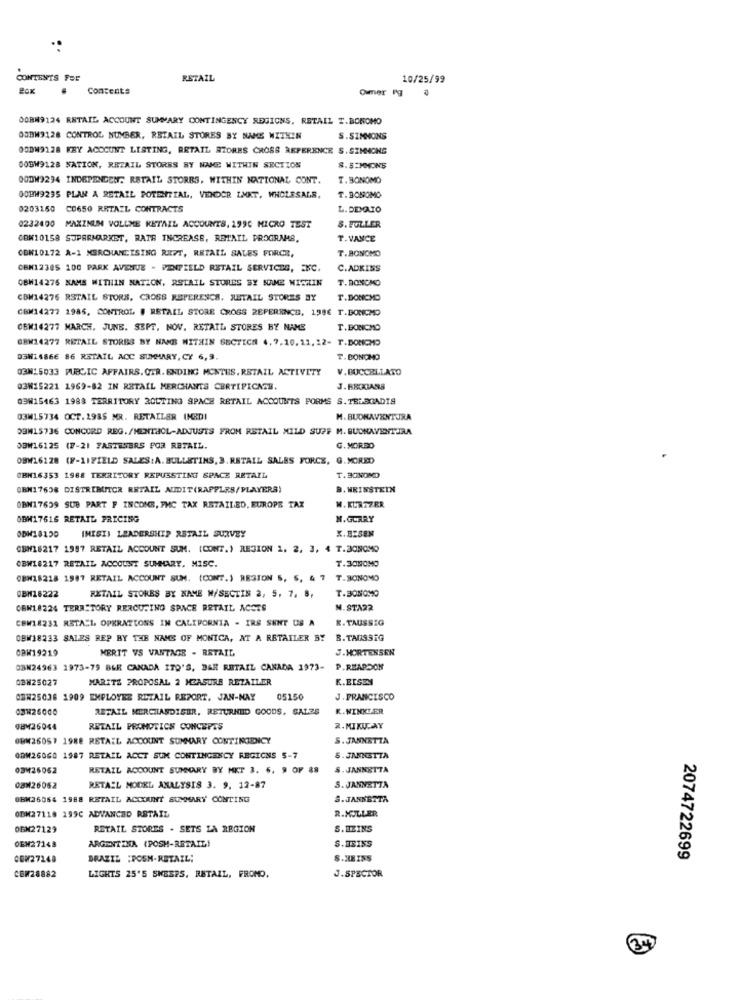
CONTENTS FEE
RETAIL
10/25/99
Contents
Ommer Pg
OGBM9124 RETAIL ACCOUNT SUMMARY CONTINGENCY REGIONS, RETAIL T.BONOMO
OSBW9128 CONTROL NUMBER, RETAIL STORES BY NAME WITHIN
S.SIMMONS
00DW9128 KEY ACCOUNT LISTING, RETAIL AZORES CROSS REFERENCE S. SIMMONS
0OBW9128 NATION, RETAIL STORES BY NAME WITHIN SECTION
S.SIMMONS
00DM9294 INDEPENDEN. RETAIL STORES. WITHIN NATIONAL CONT.
T.BONOMO
0OHM9235 PLAN A RETAIL POTENTIAL, VENDOR LAKT, WHOLESALE,
T.BONOMO
0203150 C0650 RETAIL CONTRACTS
L. DEMAIO
0232400 MAXINUM VOLLME RETAIL ACCOUNTS, 1990 MICRO TEST
S. FULLER
OBW10158 SUPERMARKET, RATH INCREASE, RETAIL PROGRAMS.
T.VANCE
T.BONOMO
CON10172 A-1 MERCHANDISING REPT, RETAIL SALES FORCE,
CBN12385 100 PARK AVENUE . PENPZELD RETAIL SERVICES, ENC.
C.ADKINS
08H14275 KAME WITHIN NATION, RETAIL STORES BY MIME WITHLIN
T. BONOMO
CBM14276 RETAIL STORE, CROSS REPERESCS, RETAIL STORES BY
T.DONCMD
CBM14277 1985, CONTROL # RETAIL STORE CROSS REFERENCE, 1986 T.BONOMO
OEM14277 MARCH, JUNE. SEPT, NOV. RETAIL STORES BY NAME
T. BONCHO
OBW14277 RETAIL STORES BY NAME WITHIN SECTICA 4.7.10.11,12-
T.DONCHD
03H14866 86 RETAIL ACC SUMMARY, CY 6,9.
T. BONOMO
03N15033 PUBLIC AFFAIRS. CTR. ENDING MONTHS. RSTAIL ACTIVITY
V.BUCCELLATO
03W15221 1969-82 IN RETAIL MERCHANTS CERTIFICATE.
J.BROGANS
09W15463 1988 TERRITORY ROUTING SPACE RETAIL ACCOUNTS FORMS S.TELEGADIS
03W15734 OCT. 2985 MR. RETAILER (MEDI
M. BUONAVENTURA
DBM15736 CONCORD REG./MENTHOL-ADJUSTS FROM RETAIL MILD SUPF M. BUONAVENTURA
JBW16125 (F-21 FASTENERS POR RETAIL.
G. MORDO
OBW16128 (F-LIFIELD SALES:A. BULLETINS, 3. RETAIL SALES FORCE, G.MOREO
OBH16353 1988 TERRITORY REPUSSTING SPACE RETAIL
T. BONOMO
QBN17638 DISTRIBUTOR RETAIL AUDIT(RAFFLES/PLAYERS)
. WRINSTEIN
OBN17639 SUB PART F INCONS, FMC TAX RETAILED, EUROPE TAX
W. KURZZER
OBH17616 RETAIL PRICING
N. GORRY
X. BISEN
INISI) LEADERSHIP RETAIL SURVEY
CBH16217 1987 RETAIL ACCOUNT SUM. (CONT.) REGION 1, 2, 3, 4 T.BONOMO
T.30MOMO
OBW16217 RETAIL ACCOUNT SUMMARY, MISC.
OBH18218 1987 RETAIL ACCOUNT SUM. (CONT.) REGION S, $, 4 7
T.SONOMO
CBM16222
T.BONOMO
RETAIL STORES BY NAME M/SECTIS 2, 5, 7, 8,
CEN18224 TERRITORY RERCUCINO SPACE RETAIL ACCTS
N.STA22
CEW18231 RETA"1. OPERATIONS IN CALIFORNIA - IRS SENT US A
R. TAUSSIG
OBW18233 SALES REP BY THE NAME OF MONICA, AT A RETAILER BY
B. TAUSSIG
OBH19219
MERIT VS VANTAGE - RETAIL
J.HORTENSEN
03N24963 1973-79 BLE CANADA ITO'S, BAR RETAIL CANADA 1973-
P.REAPDON
QBN25027
MARITZ PROPOSAL 2 MEASURE RETAILER
K.EISEN
OBW25038 1909 EMPLOYEE RETAIL REPORT. JAN-NAY
05150
J. FRANCISCO
RETAIL MERCHANDISER, RETURNED GOODS, SALZS
Q8M26044
RETAIL PRONOTICE CONCEPTS
2. MIKUCAY
OBW26057 1988 RETAIL ACCOUNT SUMMARY CONTINGENCY
S. JANNETTA
ODW26060 1987 RETAIL ACCT SUM CONTINGENCY REGIONS 5-7
5. JANNETTA
03M26062
RETAIL ACCOUNT SUMMARY BY MKT 3. 6. 9 OF 88
S. JANNETTA
08926062
RETAIL MODEL ANALYSIS 3. 9. 12-87
S. JANNETTA
OBM26054 1988 RETAIL ACCOUNT SUMOGARY CONTING
S.JANNETTA
R.NULLER
ODM27118 199C ADVANCED RETAIL
OBN27129
RETAIL STORES . SETS LA REGION
S.HEINS
ARGENTINA (POSH-RETAIL!
DEN27148
COW27248
BRAZIL :POSH-RETAIL;
S.HEISS
2074722699
CEM28882
LIGHTS 25'S SHEEPS, RETAIL, FROMD.
J.SPECTOR